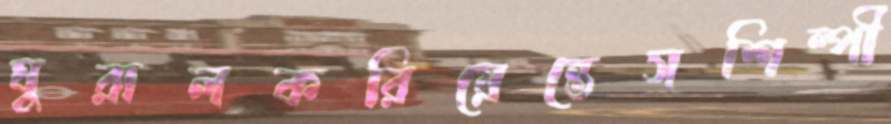
ঘুরালকরিয়েন্তেসশিল্পী